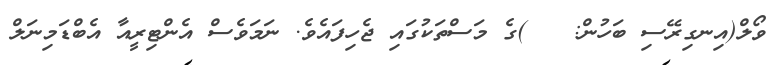
ވޯލް(އިނގިރޭސި ބަހުން:   )ގެ މަސްތަކުގައި ޖެހިފައެވެ. ނަމަވެސް އެންޓިރީއާ އެބްޑަމިނަލް